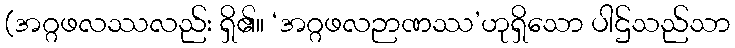
(အဂ္ဂဖလဿလည်း ရှိ၏။ ‘အဂ္ဂဖလဉာဏဿ’ဟုရှိသော ပါဌ်သည်သာ